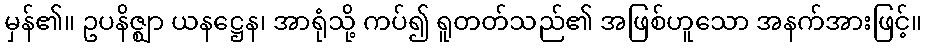
မှန်၏။ ဥပနိဇ္ဈာ ယနဋ္ဌေန၊ အာရုံသို့ ကပ်၍ ရူတတ်သည်၏ အဖြစ်ဟူသော အနက်အားဖြင့်။